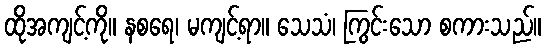
ထိုအကျင့်ကို။ နစရေ၊ မကျင့်ရာ။ သေသံ၊ ကြွင်းသော စကားသည်။